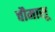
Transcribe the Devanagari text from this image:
चौमासू